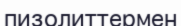
пизолиттермен